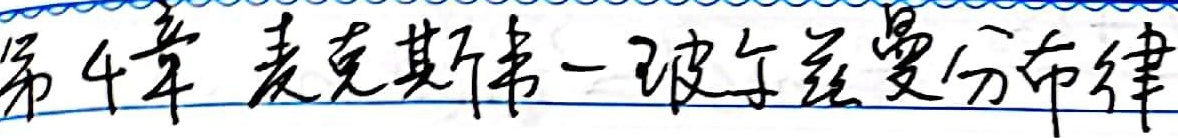
第4章 麦克斯韦－玻尔兹曼分布律